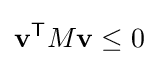
\mathbf {v} ^{\mathsf {T}}M\mathbf {v} \leq 0